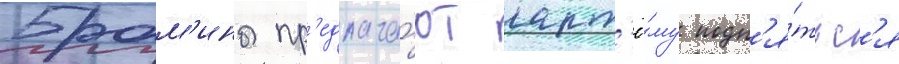
Брам'ины пр'едлага́ют арт'ё́му подн'я́тьс'я